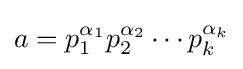
a=p_{1}^{\alpha _{1}}p_{2}^{\alpha _{2}}\cdots p_{k}^{\alpha _{k}}